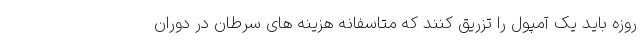
روزه باید یک آمپول را تزریق کنند که متاسفانه هزینه های سرطان در دوران